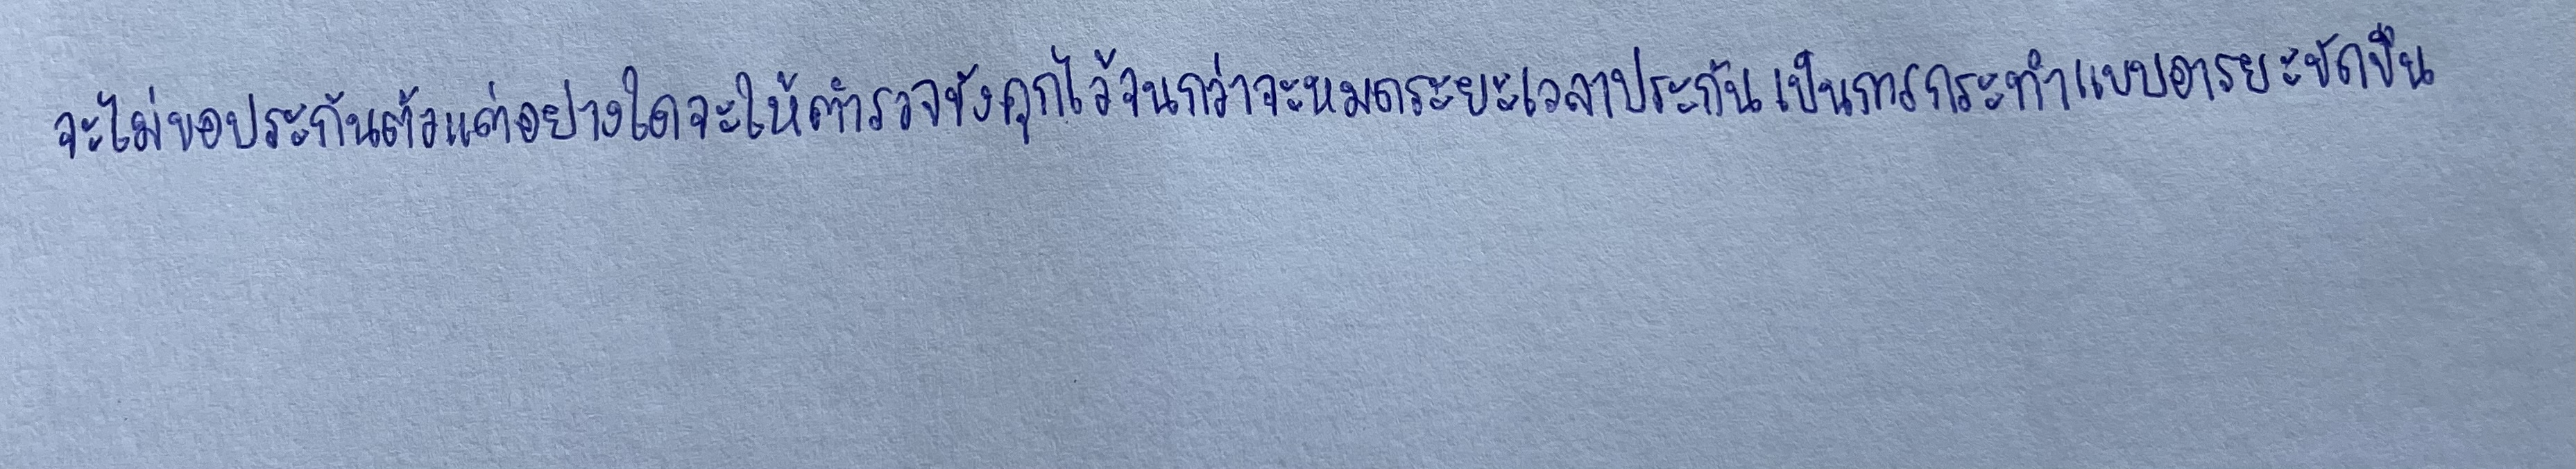
จะไม่ขอประกันตัวแต่อย่างใดจะให้ตำรวจขังคุกไว้จนกว่าจะหมดระยะเวลาประกันเป็นการกระทำแบบอารยะขัดขืน